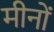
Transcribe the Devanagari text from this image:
मीनों